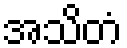
အသိတံ